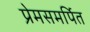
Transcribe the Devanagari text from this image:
प्रेमसमर्पित